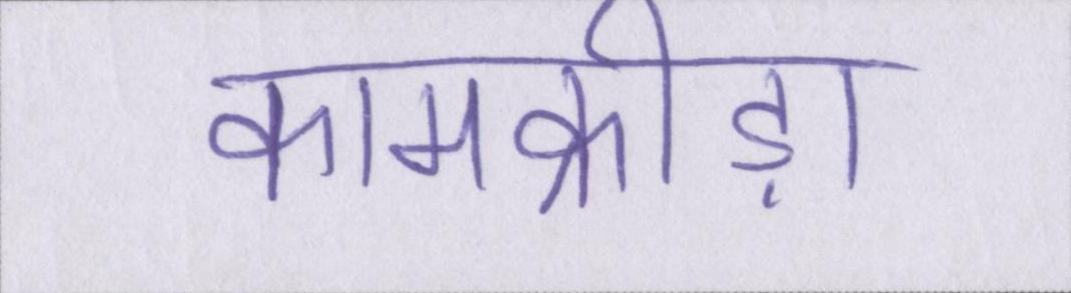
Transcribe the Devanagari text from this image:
कामक्रीड़ा